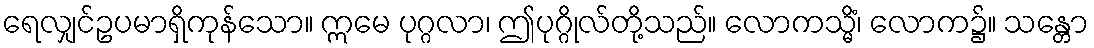
ရေလျှင်ဥပမာရှိကုန်သော။ ဣမေ ပုဂ္ဂလာ၊ ဤပုဂ္ဂိုလ်တို့သည်။ လောကသ္မိံ၊ လောက၌။ သန္တော